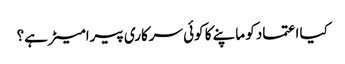
کیا اعتماد کو ماپنے کا کوئی سرکاری پیرامیٹر ہے؟